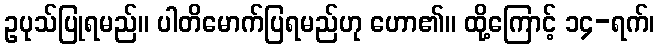
ဥပုသ်ပြုရမည်။ ပါတိမောက်ပြရမည်ဟု ဟော၏။ ထို့ကြောင့် ၁၄-ရက်၊